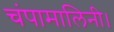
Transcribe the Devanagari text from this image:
चंपामालिनी।